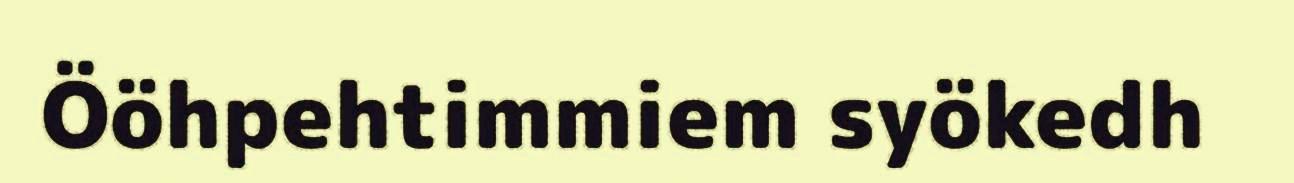
Ööhpehtimmiem syökedh